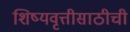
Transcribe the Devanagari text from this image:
शिष्यवृत्तीसाठीची